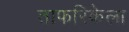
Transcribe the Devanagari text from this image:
ताफरिकेला